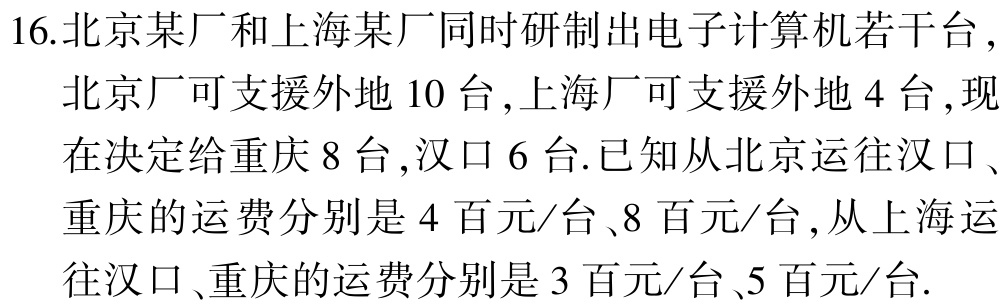
16.北京某厂和上海某厂同时研制出电子计算机若干台，北京厂可支援外地 10 台,上海厂可支援外地 4 台,现在决定给重庆 8 台,汉口 6 台.已知从北京运往汉口、重庆的运费分别是 4 百元/台、8 百元/台,从上海运往汉口、重庆的运费分别是 3 百元/台、5 百元/台.